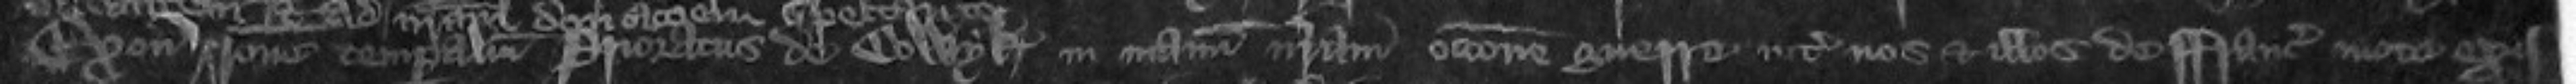
Exonie ratione temporalium Prioratus de Colwyk in manum nostrum occasione guerre inter nos et illos de Francia mote exis